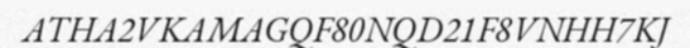
ATHA2VKAMAGQF80NQD21F8VNHH7KJ